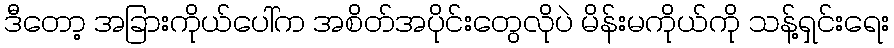
ဒီတော့ အခြားကိုယ်ပေါ်က အစိတ်အပိုင်းတွေလိုပဲ မိန်းမကိုယ်ကို သန့်ရှင်းရေး